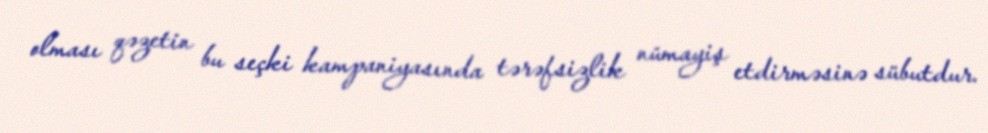
olması qəzetin bu seçki kampaniyasında tərəfsizlik nümayiş etdirməsinə sübutdur.